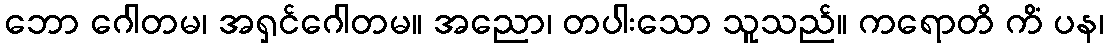
ဘော ဂေါတမ၊ အရှင်ဂေါတမ။ အညော၊ တပါးသော သူသည်။ ကရောတိ ကိံ ပန၊